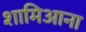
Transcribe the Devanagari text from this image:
शामिआना